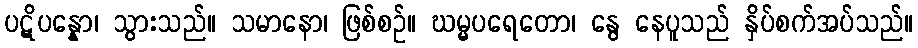
ပဋိပန္နော၊ သွားသည်။ သမာနော၊ ဖြစ်စဉ်။ ဃမ္မပရေတော၊ နွေ နေပူသည် နှိပ်စက်အပ်သည်။